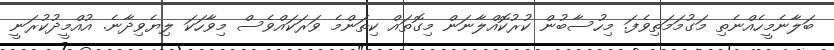
ބަލާނެމީހެއްނެތި މަގުމަމަތިވެފަ. މިހުސާބުން ކުރުކޮއްލާނަން މިގޮތައްް ކިތަންމެ ވަރަކައްވެސް މިވާހަކަ ލިޔެވިދާނެެ. އުއްމީދުކުރަނީ